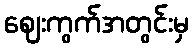
ဈေးကွက်အတွင်းမှ